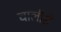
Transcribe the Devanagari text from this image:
चालीसे